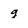
Character: g